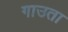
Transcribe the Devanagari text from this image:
गाउता